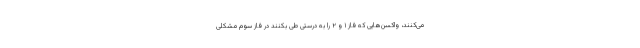
می‌کنند، واکسن‌هایی که فاز ۱ و ۲ را به درستی طی بکنند در فاز سوم مشکلی